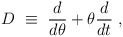
\begin{align*}D ~\equiv~ \frac{d}{d\theta} + \theta \frac{d}{dt} ~,\end{align*}